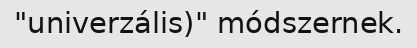
"univerzális)" módszernek.